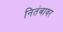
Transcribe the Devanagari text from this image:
नितंबावर